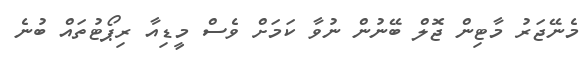
މެނޭޖަރު މާޓިން ޖޮލް ބޭނުން ނުވާ ކަމަށް ވެސް މީޑިއާ ރިޕޯޓުތައް ބުނެ